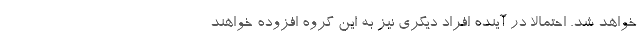
خواهد شد. احتمالاً در آینده افراد دیگری نیز به این گروه افزوده خواهند